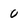
Character: 0